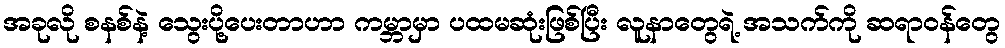
အခုလို စနစ်နဲ့ သွေးပို့ပေးတာဟာ ကမ္ဘာမှာ ပထမဆုံးဖြစ်ပြီး လူနာတွေရဲ့ အသက်ကို ဆရာဝန်တွေ